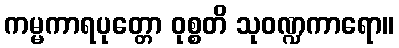
ကမ္မကာရပုတ္တော ဝုစ္စတိ သုဝဏ္ဍကာရော။